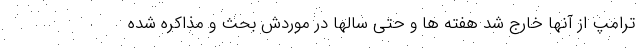
ترامپ از آنها خارج شد هفته ها و حتی سالها در موردش بحث و مذاکره شده